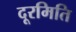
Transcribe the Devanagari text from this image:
दूरमिति